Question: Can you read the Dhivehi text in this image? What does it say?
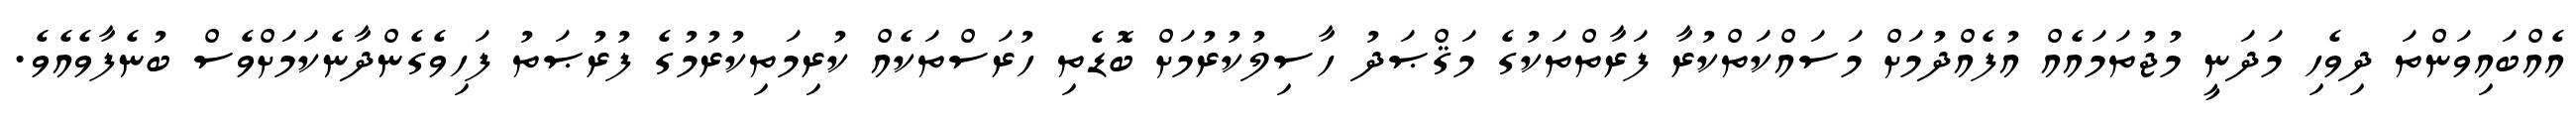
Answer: އެއްބައިވަންތަ ދިވެހި މަދަނީ މުޖުތަމައެއް އުފެއްދުމަށް މަސައްކަތްކުރާ ފަރާތްތަކުގެ މަޤްޞަދު ހާސިލުކުރުމަށް ބޮޑެތި ހުރަސްތަކެއް ކުރިމަތިކުރުމުގެ ފުރުޞަތު ފަހިވެގެންދާނެކަމަށްވެސް ބުނެފާވެއެވެ.